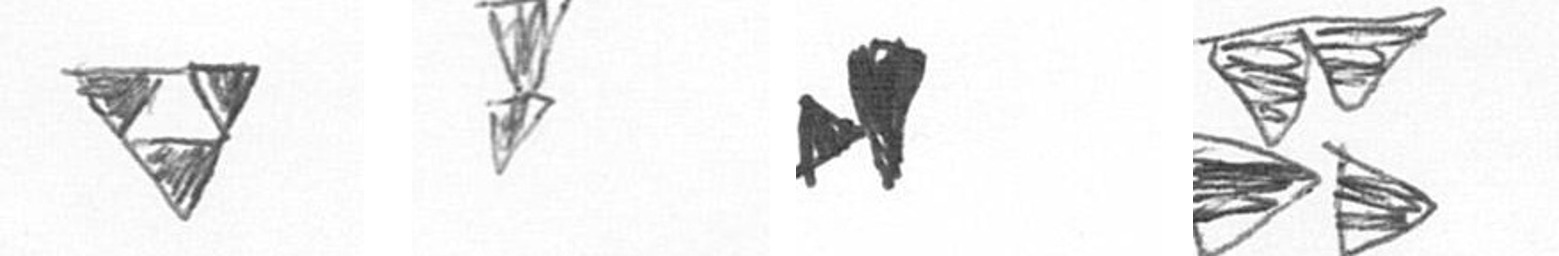
S Z M B